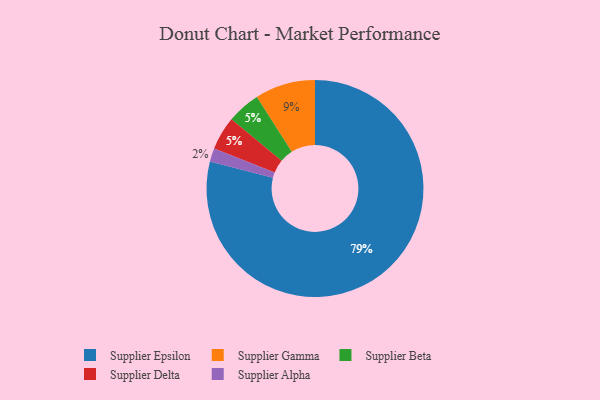
{"axis": {"x": "Category", "y": "Percentage"}, "legend": ["Supplier Alpha", "Supplier Beta", "Supplier Delta", "Supplier Epsilon", "Supplier Gamma"], "data": [{"x": "Supplier Epsilon", "y": 79, "type": "Supplier Epsilon"}, {"x": "Supplier Gamma", "y": 9, "type": "Supplier Gamma"}, {"x": "Supplier Beta", "y": 5, "type": "Supplier Beta"}, {"x": "Supplier Delta", "y": 5, "type": "Supplier Delta"}, {"x": "Supplier Alpha", "y": 2, "type": "Supplier Alpha"}]}